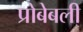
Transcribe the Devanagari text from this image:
प्रोबेबली